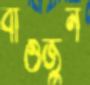
বাওজুন